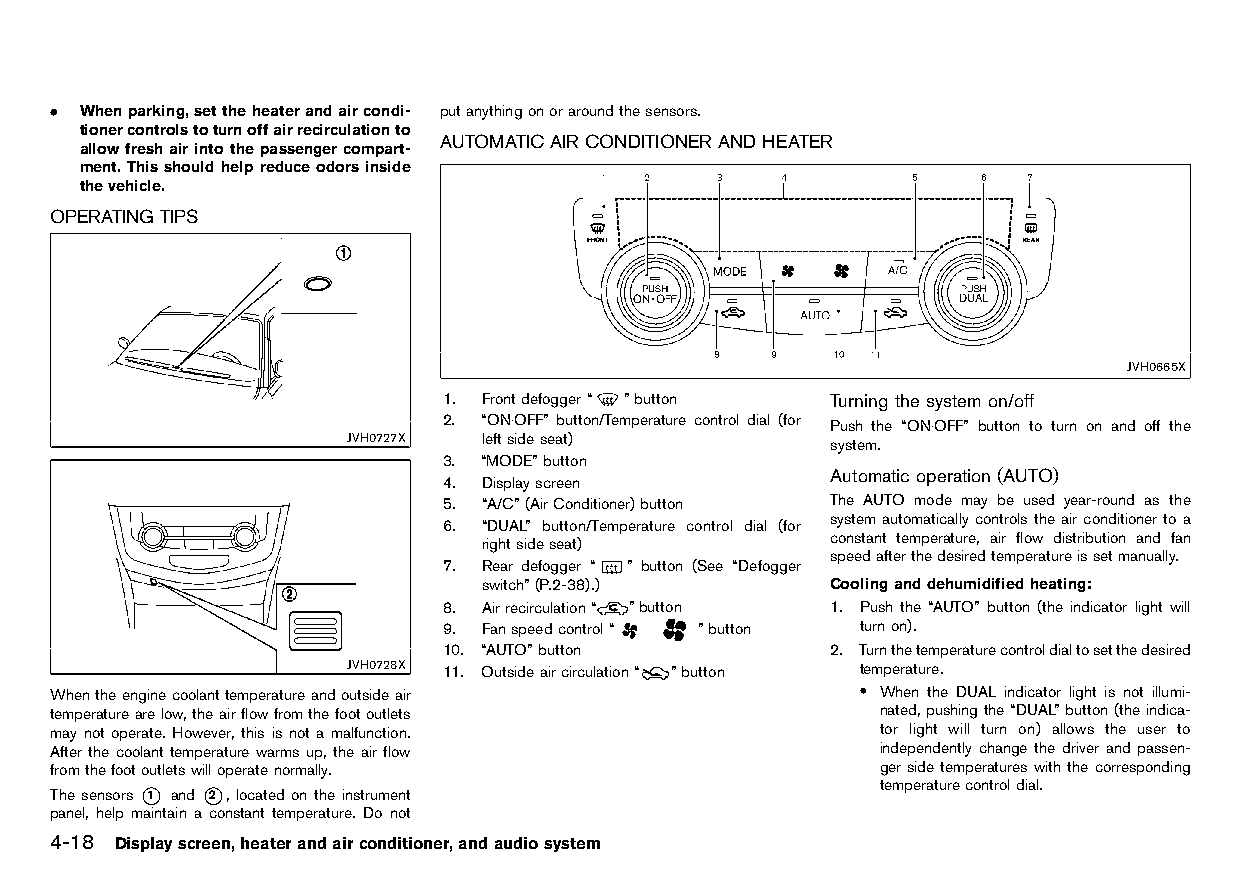
(150,1)
 . Whenparking,settheheaterandaircondi- putanythingonoraroundthesensors.
 tionercontrolstoturnoffairrecirculationto
 AUTOMATIC AIRCONDITIONERAND HEATER
 allowfreshairintothepassengercompart-
 HT32A1-85B04328-ADD4-438F-A65C-AE08E4511EBC
 ment.Thisshouldhelpreduceodorsinside
 thevehicle.
 OPERATINGTIPS
 HT32A1-94E48E8C-CACC-4A8C-8478-31C17097E10D
 JVH0665X
 1. Frontdefogger“ ”button Turning thesystem on/off
 HT32A1-52844401-F759-4093-80F2-A7F75F780409
 2. “ON·OFF” button/Temperature control dial (for Push the “ON·OFF” button to turn on and off the
 JVH0727X leftsideseat)          system.
 3. “MODE”button
 Automatic operation (AUTO)
 4. Displayscreen                HT32A1-2F5CE8FD-C9DC-41D9-8AC9-3D88D8BC61F7
 5. “A/C”(AirConditioner)button The AUTO mode may be used year-round as the
 system automatically controls theairconditioner toa
 6. “DUAL” button/Temperature control dial (for
 constant temperature, air flow distribution and fan
 rightsideseat)
 speedafterthedesiredtemperatureissetmanually.
 7. Rear defogger “ ” button (See “Defogger
 switch”(P.2-38).)      Coolinganddehumidifiedheating:
 HT32A1-22018305-9BAB-4201-B6FC-C08EB94AEAE0
 8. Airrecirculation“ ”button 1. Push the “AUTO” button (the indicator light will
 9. Fanspeedcontrol“ ”button turnon).
 10. “AUTO”button          2. Turnthetemperaturecontroldialtosetthedesired
 JVH0728X 11. Outsideaircirculation“ ”button temperature.
 Whentheenginecoolanttemperatureandoutsideair          . When the DUAL indicator light is not illumi-
 temperaturearelow,theairflowfromthefootoutlets         nated,pushingthe“DUAL”button(theindica-
 may not operate. However, this is not a malfunction.   tor light will turn on) allows the user to
 After the coolant temperature warms up, the air flow   independently change the driver and passen-
 fromthefootoutletswilloperatenormally.                 gersidetemperatureswiththecorresponding
 The sensors *1 and *2 , located on the instrument      temperaturecontroldial.
 panel, help maintain a constant temperature. Do not
 4-18 Displayscreen,heaterandairconditioner,andaudiosystem
 Condition:                        [Edit:2015/8/24 Model: HT32-A]